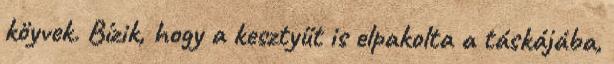
köyvek. Bízik, hogy a kesztyűt is elpakolta a táskájába,